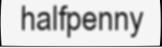
halfpenny